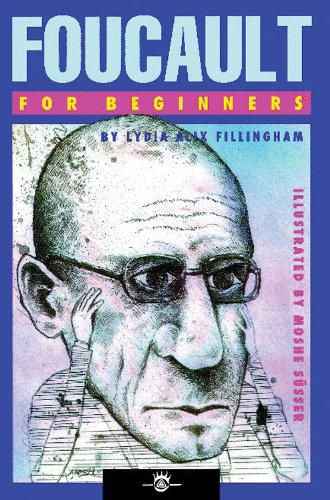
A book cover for Foucault For Beginners; Lydia Alix Fillingham; Biographies & Memoirs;